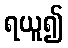
ရယူ၍